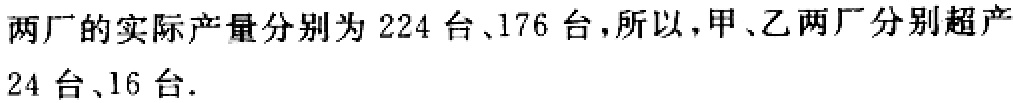
两厂的实际产量分别为224台、176台,所以，甲、乙两厂分别超产24台、16台.